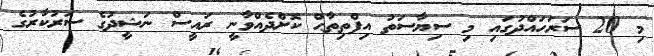
މި 20 ސަރަހައްދުގައި މި ސިޔާސަތު އިފްތިތާޙް ކޮށްދެއްވާނީ ރައީސް ނަޝީދުގެ ސަރުކާރުގެ